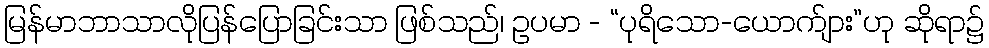
မြန်မာဘာသာလိုပြန်ပြောခြင်းသာ ဖြစ်သည်၊ ဥပမာ - “ပုရိသော-ယောက်ျား”ဟု ဆိုရာ၌